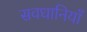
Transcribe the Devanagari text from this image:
सवधानियाँ